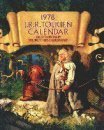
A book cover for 1978 J. R. R. Tolkien Calendar - Illustrations By the Brothers Hildebrandt; N/A and illustrated by the Brothers Hildebrandt; Calendars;